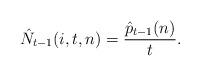
LaTeX: \begin{align*}\hat{N}_{t-1}(i,t,n)=\dfrac{\hat{p}_{t-1}(n)}{t}.\end{align*}